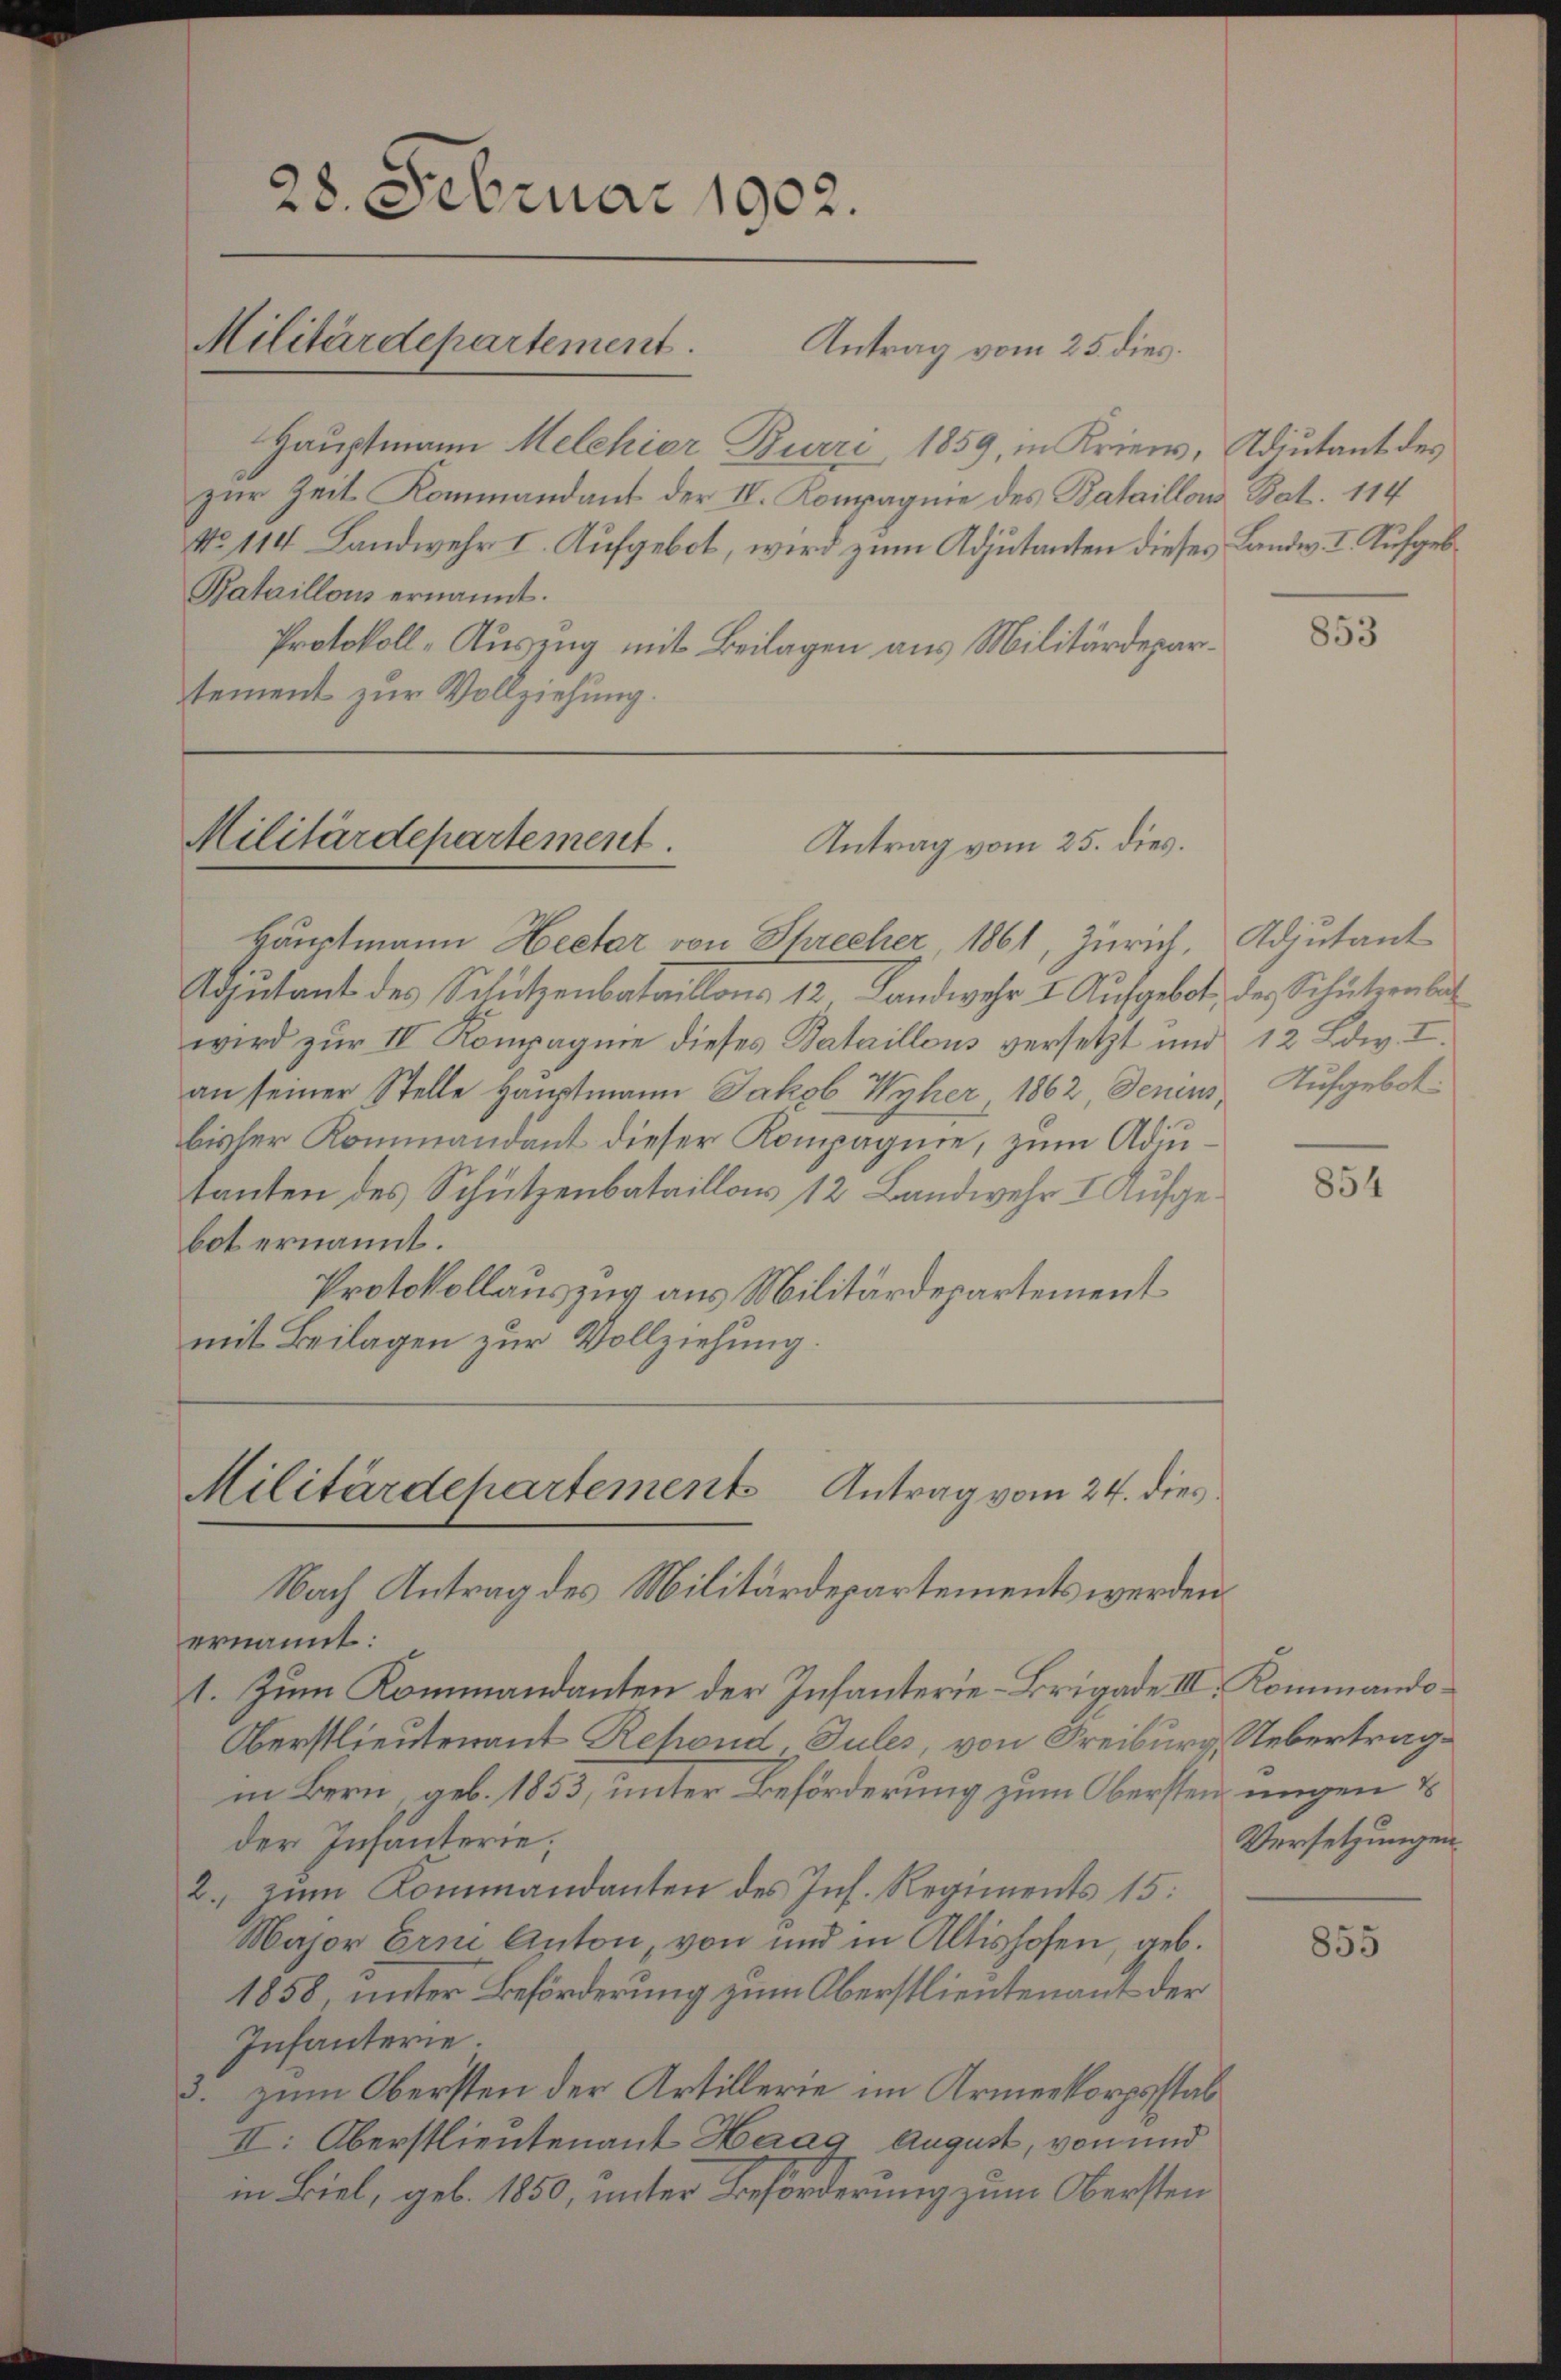
28. Februar 1902.
Militärdepartement.

Antrag vom 25. dies

Hauptmann Melchier Burri, 1859, in Krien, Adjutant des
zur Zeit Kommandant der IV. Kompagnie des Bataillons Bat. 114
No 114. Landwehr I. Aufgebot, wird zum Adjutanten dieses Landw. I. Aufgeb¬
Bataillons ernannt.
Protokoll-Auszug mit Beilagen aus Militärdepartement zur Vollziehung.

Militärdepartement.
Antrag vom 25. dies.

Militärdepartement Antrag vom 24. dies

Hauptmann Heetar von Schrecher 1861, Zürich, Adjutant
Sutant des Schützenbataillons 12 Landwehr I. Aufgebot, der Schützenber
wird zur IV Kompagnie dieses Bataillons versetzt und 12 Ldw. I.
an seiner Stelle Hauptmann Jakob Wyher, 1862, Jenens Aufgebot
bisler Kommandant dieser Kompagnie, zum Adjutanten des Schützenbataillor 12 Landwehr I. Aufgebot ernannt.
Protokollauszug aus Militärdepartement
mit Beilagen zur Vollziehung.
Nach Antrag des Militärdepartements werden
ernannt:
1. Zum Kommandanten der Infanterie-Brigade III. Kommando¬
Oberstlieutenant Refond „Jules, von Freiburg Uebertrag
in Bern, geb. 1853, unter Beförderung zum Obersten ungen &
der Infanterie;
2. zum Kommandanten des Ins. Regiments 15.
Major Erni Anton, von und in Altishofen, geb.
1858, unter Beförderung zum Oberstlieutenant der
Infanterie
3. zum Obersten der Artillerie im Armenkorpsstab
II: Oberstlieutenant Haag August, von und
in Biel, geb. 1850, unter Beförderung zum Obersten

853

854

Versetzungen.

855